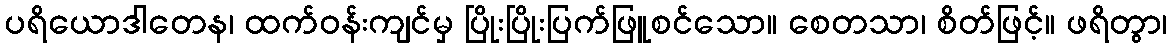
ပရိယောဒါတေန၊ ထက်ဝန်းကျင်မှ ပြိုးပြိုးပြက်ဖြူစင်သော။ စေတသာ၊ စိတ်ဖြင့်။ ဖရိတွာ၊